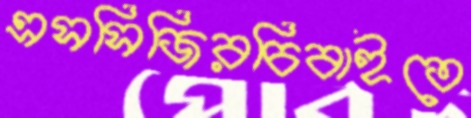
এসসিজিরচিবাইতে